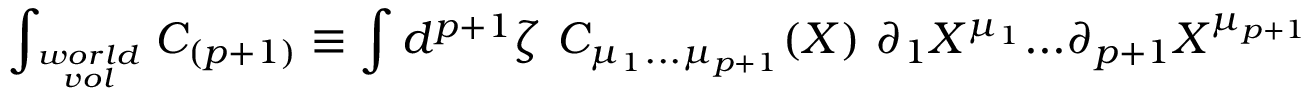
\int _ { w o r l d \atop v o l } C _ { ( p + 1 ) } \equiv \int d ^ { p + 1 } \zeta \ C _ { \mu _ { 1 } . . . \mu _ { p + 1 } } ( X ) \ \partial _ { 1 } X ^ { \mu _ { 1 } } . . . \partial _ { { p + 1 } } X ^ { \mu _ { p + 1 } }